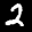
Label: 2